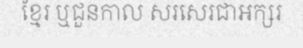
ខ្មែរ ឬជួនកាល សរសេរជាអក្សរ